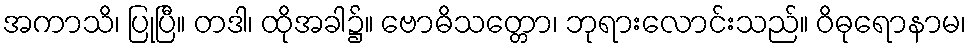
အကာသိ၊ ပြုပြီ။ တဒါ၊ ထိုအခါ၌။ ဗောဓိသတ္တော၊ ဘုရားလောင်းသည်။ ဝိဓုရောနာမ၊